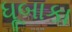
ધૂબાકા